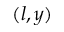
( l , y )